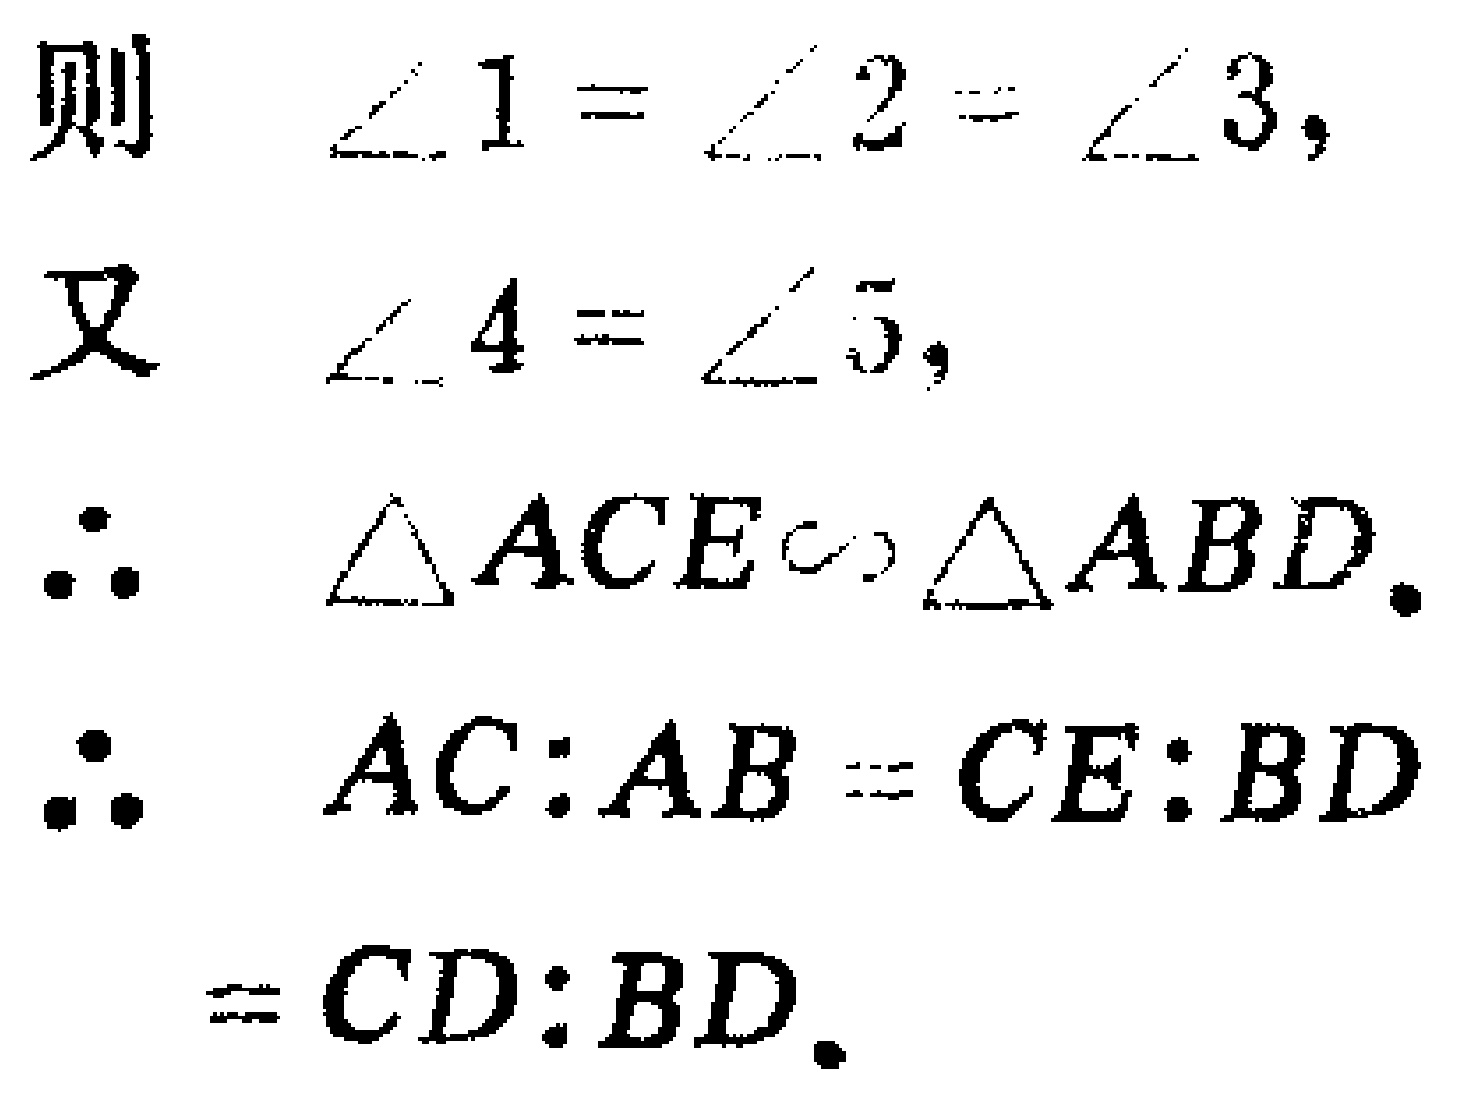
则 \(\angle 1 = \angle 2 = \angle 3,\)
又 \(\angle 4 = \angle 5,\)
\(\therefore\) \(\triangle ACE\sim\triangle ABD.\)
\(\therefore\) \(AC:AB = CE:BD\)
\(= CD:BD.\)